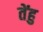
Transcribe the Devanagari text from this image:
तेंहु